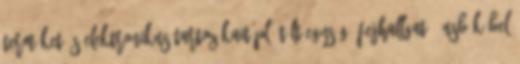
terméket és elektronikus tartozékait pl. töltőegység, fejhallgató, USB kábel